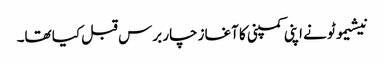
نیشیموٹو نے اپنی کمپنی کا آغاز چار برس قبل کیا تھا۔